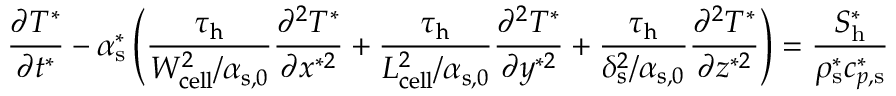
\frac { \partial T ^ { * } } { \partial t ^ { * } } - \alpha _ { \mathrm { { s } } } ^ { * } \left( \boldsymbol { \frac { \tau _ { \mathrm { h } } } { W _ { \mathrm { { c e l l } } } ^ { 2 } / \alpha _ { \mathrm { s , 0 } } } } \frac { \partial ^ { 2 } T ^ { * } } { \partial x ^ { * 2 } } + \boldsymbol { \frac { \tau _ { \mathrm { h } } } { L _ { \mathrm { { c e l l } } } ^ { 2 } / \alpha _ { \mathrm { s , 0 } } } } \frac { \partial ^ { 2 } T ^ { * } } { \partial y ^ { * 2 } } + \boldsymbol { \frac { \tau _ { \mathrm { h } } } { \delta _ { \mathrm { { s } } } ^ { 2 } / \alpha _ { \mathrm { s , 0 } } } } \frac { \partial ^ { 2 } T ^ { * } } { \partial z ^ { * 2 } } \right) = \frac { S _ { \mathrm { { h } } } ^ { * } } { \rho _ { \mathrm { { s } } } ^ { * } c _ { p , \mathrm { { s } } } ^ { * } }